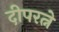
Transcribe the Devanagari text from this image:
दीपरत्ने